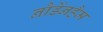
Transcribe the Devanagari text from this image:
नौर्डेनहैम